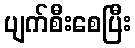
ပျက်စီးစေပြီး